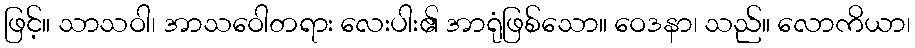
ဖြင့်။ သာသဝါ၊ အာသဝေါတရား လေးပါး၏ အာရုံဖြစ်သော။ ဝေဒနာ၊ သည်။ လောကိယာ၊